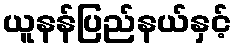
ယူနန်ပြည်နယ်နှင့်